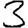
Digit: 3